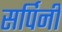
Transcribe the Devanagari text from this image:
सर्पिनी